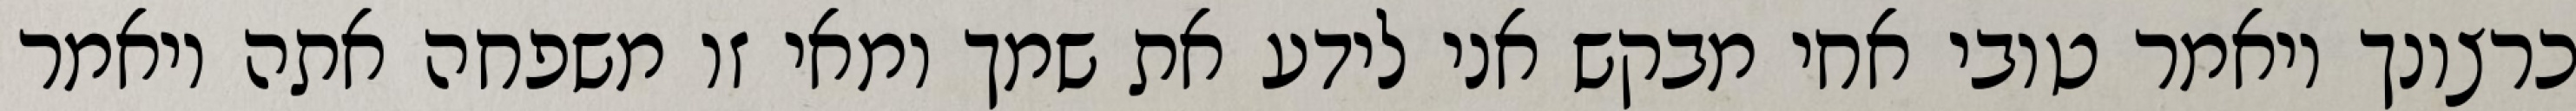
כרצונך ויאמר טובי אחי מבקש אני לידע את שמך ומאי זו משפחה אתה ויאמר